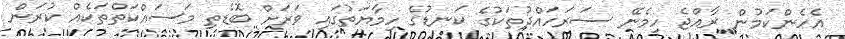
އެހެންކަމުން ރާއްޖެ ހިމެނޭ ސަރަހައްދުތަކުގެ ކަނޑުގެ ހިމާޔަތުގައި ވަރަށް ބޮޑެތި މަސައްކަތްތަކެއް ކުރަން